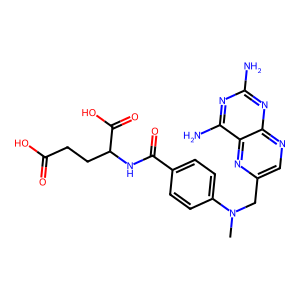
SMILES: CN(Cc1cnc2nc(N)nc(N)c2n1)c1ccc(C(=O)NC(CCC(=O)O)C(=O)O)cc1
Inhibits HIV replication: No